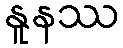
နူနဿ